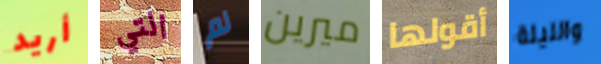
أريد التي لم ميرين أقولها والليلة